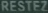
RESTEZ